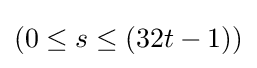
(0\leq s\leq (32t-1))